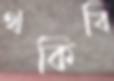
থকিবি